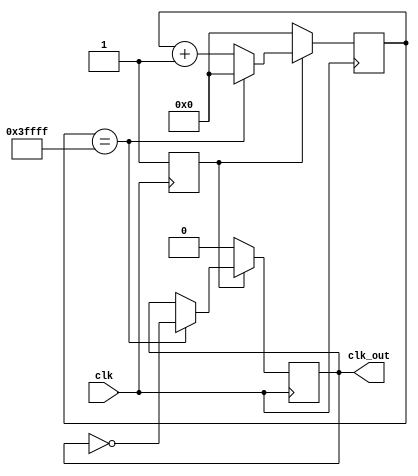
`timescale 1ns / 1ps
//////////////////////////////////////////////////////////////////////////////////
// Company: 
// Engineer: 
// 
// Design Name: 
// Module Name:    divisorclk 
// Project Name: 
// Target Devices: 
// Tool versions: 
// Description: 
//
// Dependencies: 
//
// Revision: 
// Revision 0.01 - File Created
// Additional Comments: 
//
//////////////////////////////////////////////////////////////////////////////////

 module divisorclk(input wire clk,output reg clk_out);
   
    reg rst;
    reg [17:0] counter;

initial begin
rst<=1;
counter<=18'd0;
clk_out <=1'b0;
end

    always @(posedge clk )
    begin
      if(!rst)
       begin
       rst=1; 
       counter<=20'd0;
       clk_out <= 1'b0;
       end
     else
       if(counter==18'd262143) //va convertir un clk de 100mhz a un hz
         begin
         counter<=18'd0;
         clk_out <= ~clk_out;
         end
      else
       begin
       counter<=counter+1'b1;
       end
   end


endmodule